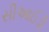
સીઆઈડી